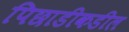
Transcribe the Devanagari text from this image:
पिछाडीकडील